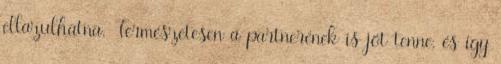
ellazulhatna. Természetesen a partnerének is jót tenne, és így